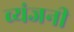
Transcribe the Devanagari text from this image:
व्यंजनी